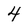
Character: 4